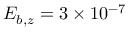
E _ { b , z } = 3 \times 1 0 ^ { - 7 }